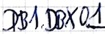
Text: DB1.DBX0.1